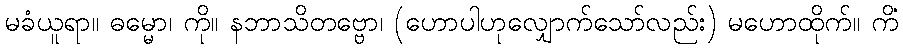
မခံယူရာ။ ဓမ္မော၊ ကို။ နဘာသိတဗ္ဗော၊ (ဟောပါဟုလျှောက်သော်လည်း) မဟောထိုက်။ ကိံ